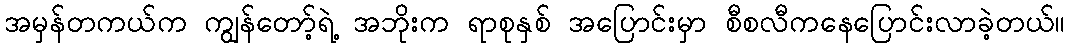
အမှန်တကယ်က ကျွန်တော့်ရဲ့ အဘိုးက ရာစုနှစ် အပြောင်းမှာ စီစလီကနေပြောင်းလာခဲ့တယ်။